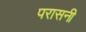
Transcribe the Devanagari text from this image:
परासनी